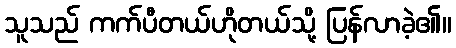
သူသည် ကက်ပီတယ်ဟိုတယ်သို့ ပြန်လာခဲ့၏။